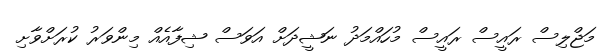
މަޖްލިސް ރައީސް ރައީސް މުހައްމަދު ނަޝީދަށް އަވަސް ޝިފާއެއް މިންވަރު ކުރަށްވާށި